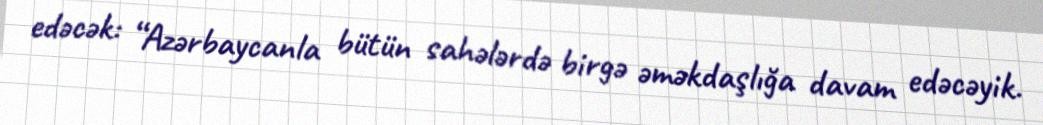
edəcək: “Azərbaycanla bütün sahələrdə birgə əməkdaşlığa davam edəcəyik.